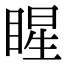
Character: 睲